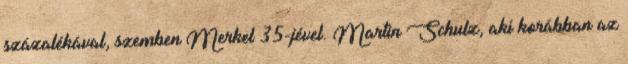
százalékával, szemben Merkel 35-jével. Martin Schulz, aki korábban az